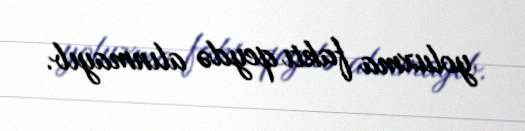
yoluxma faktı qeydə alınmayıb.